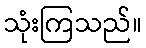
သုံးကြသည်။